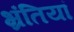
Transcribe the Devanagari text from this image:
भ्रंतियां